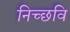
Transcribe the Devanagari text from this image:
निच्छवि